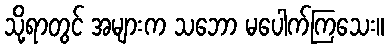
သို့ရာတွင် အများက သဘော မပေါက်ကြသေး။